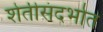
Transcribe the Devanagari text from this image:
शेतीसंदर्भात